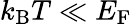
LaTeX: k_{\mathrm{{B}}}T\ll E_{\mathrm{F}}